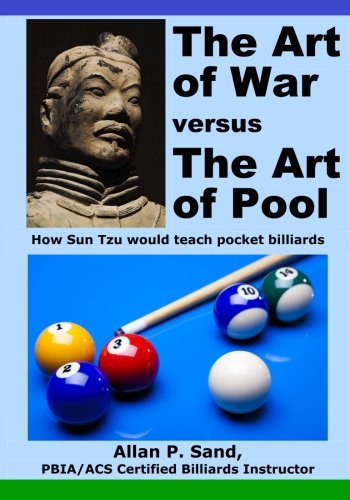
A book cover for The Art of War versus The Art of Pool: How Sun Tzu would play pocket billiards; Allan P. Sand; Sports & Outdoors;